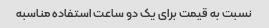
نسبت به قیمت برای یک دو ساعت استفاده مناسبه